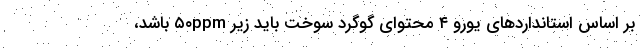
بر اساس استانداردهای یورو ۴ محتوای گوگرد سوخت باید زیر ۵۰ppm باشد،